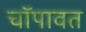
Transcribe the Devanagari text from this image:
चॉपावत